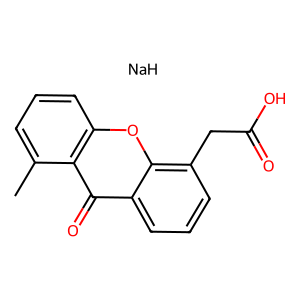
SMILES: Cc1cccc2oc3c(CC(=O)O)cccc3c(=O)c12.[NaH]
Inhibits HIV replication: No